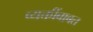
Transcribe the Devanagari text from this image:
व्यक्तींबाबत